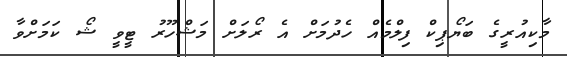
މާކިއުރީގެ ބަޔޯޕިކް ފިލްމެއް ހެދުމަށް އެ ރޯލަށް މަޝްހޫރު ޓީވީ ޝޯ ކަމަށްވާ